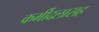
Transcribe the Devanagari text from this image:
कर्मीदलासह